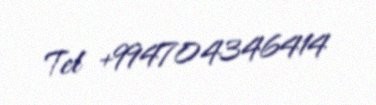
Tel +994704346414